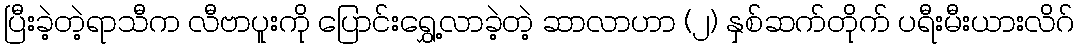
ပြီးခဲ့တဲ့ရာသီက လီဗာပူးကို ပြောင်းရွှေ့လာခဲ့တဲ့ ဆာလာဟာ (၂) နှစ်ဆက်တိုက် ပရီးမီးယားလိဂ်